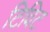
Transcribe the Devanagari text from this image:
टिविट